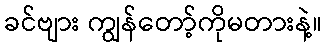
ခင်ဗျား ကျွန်တော့်ကိုမတားနဲ့။